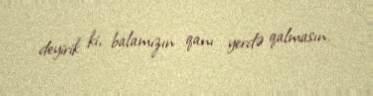
deyirik ki, balamızın qanı yerdə qalmasın.